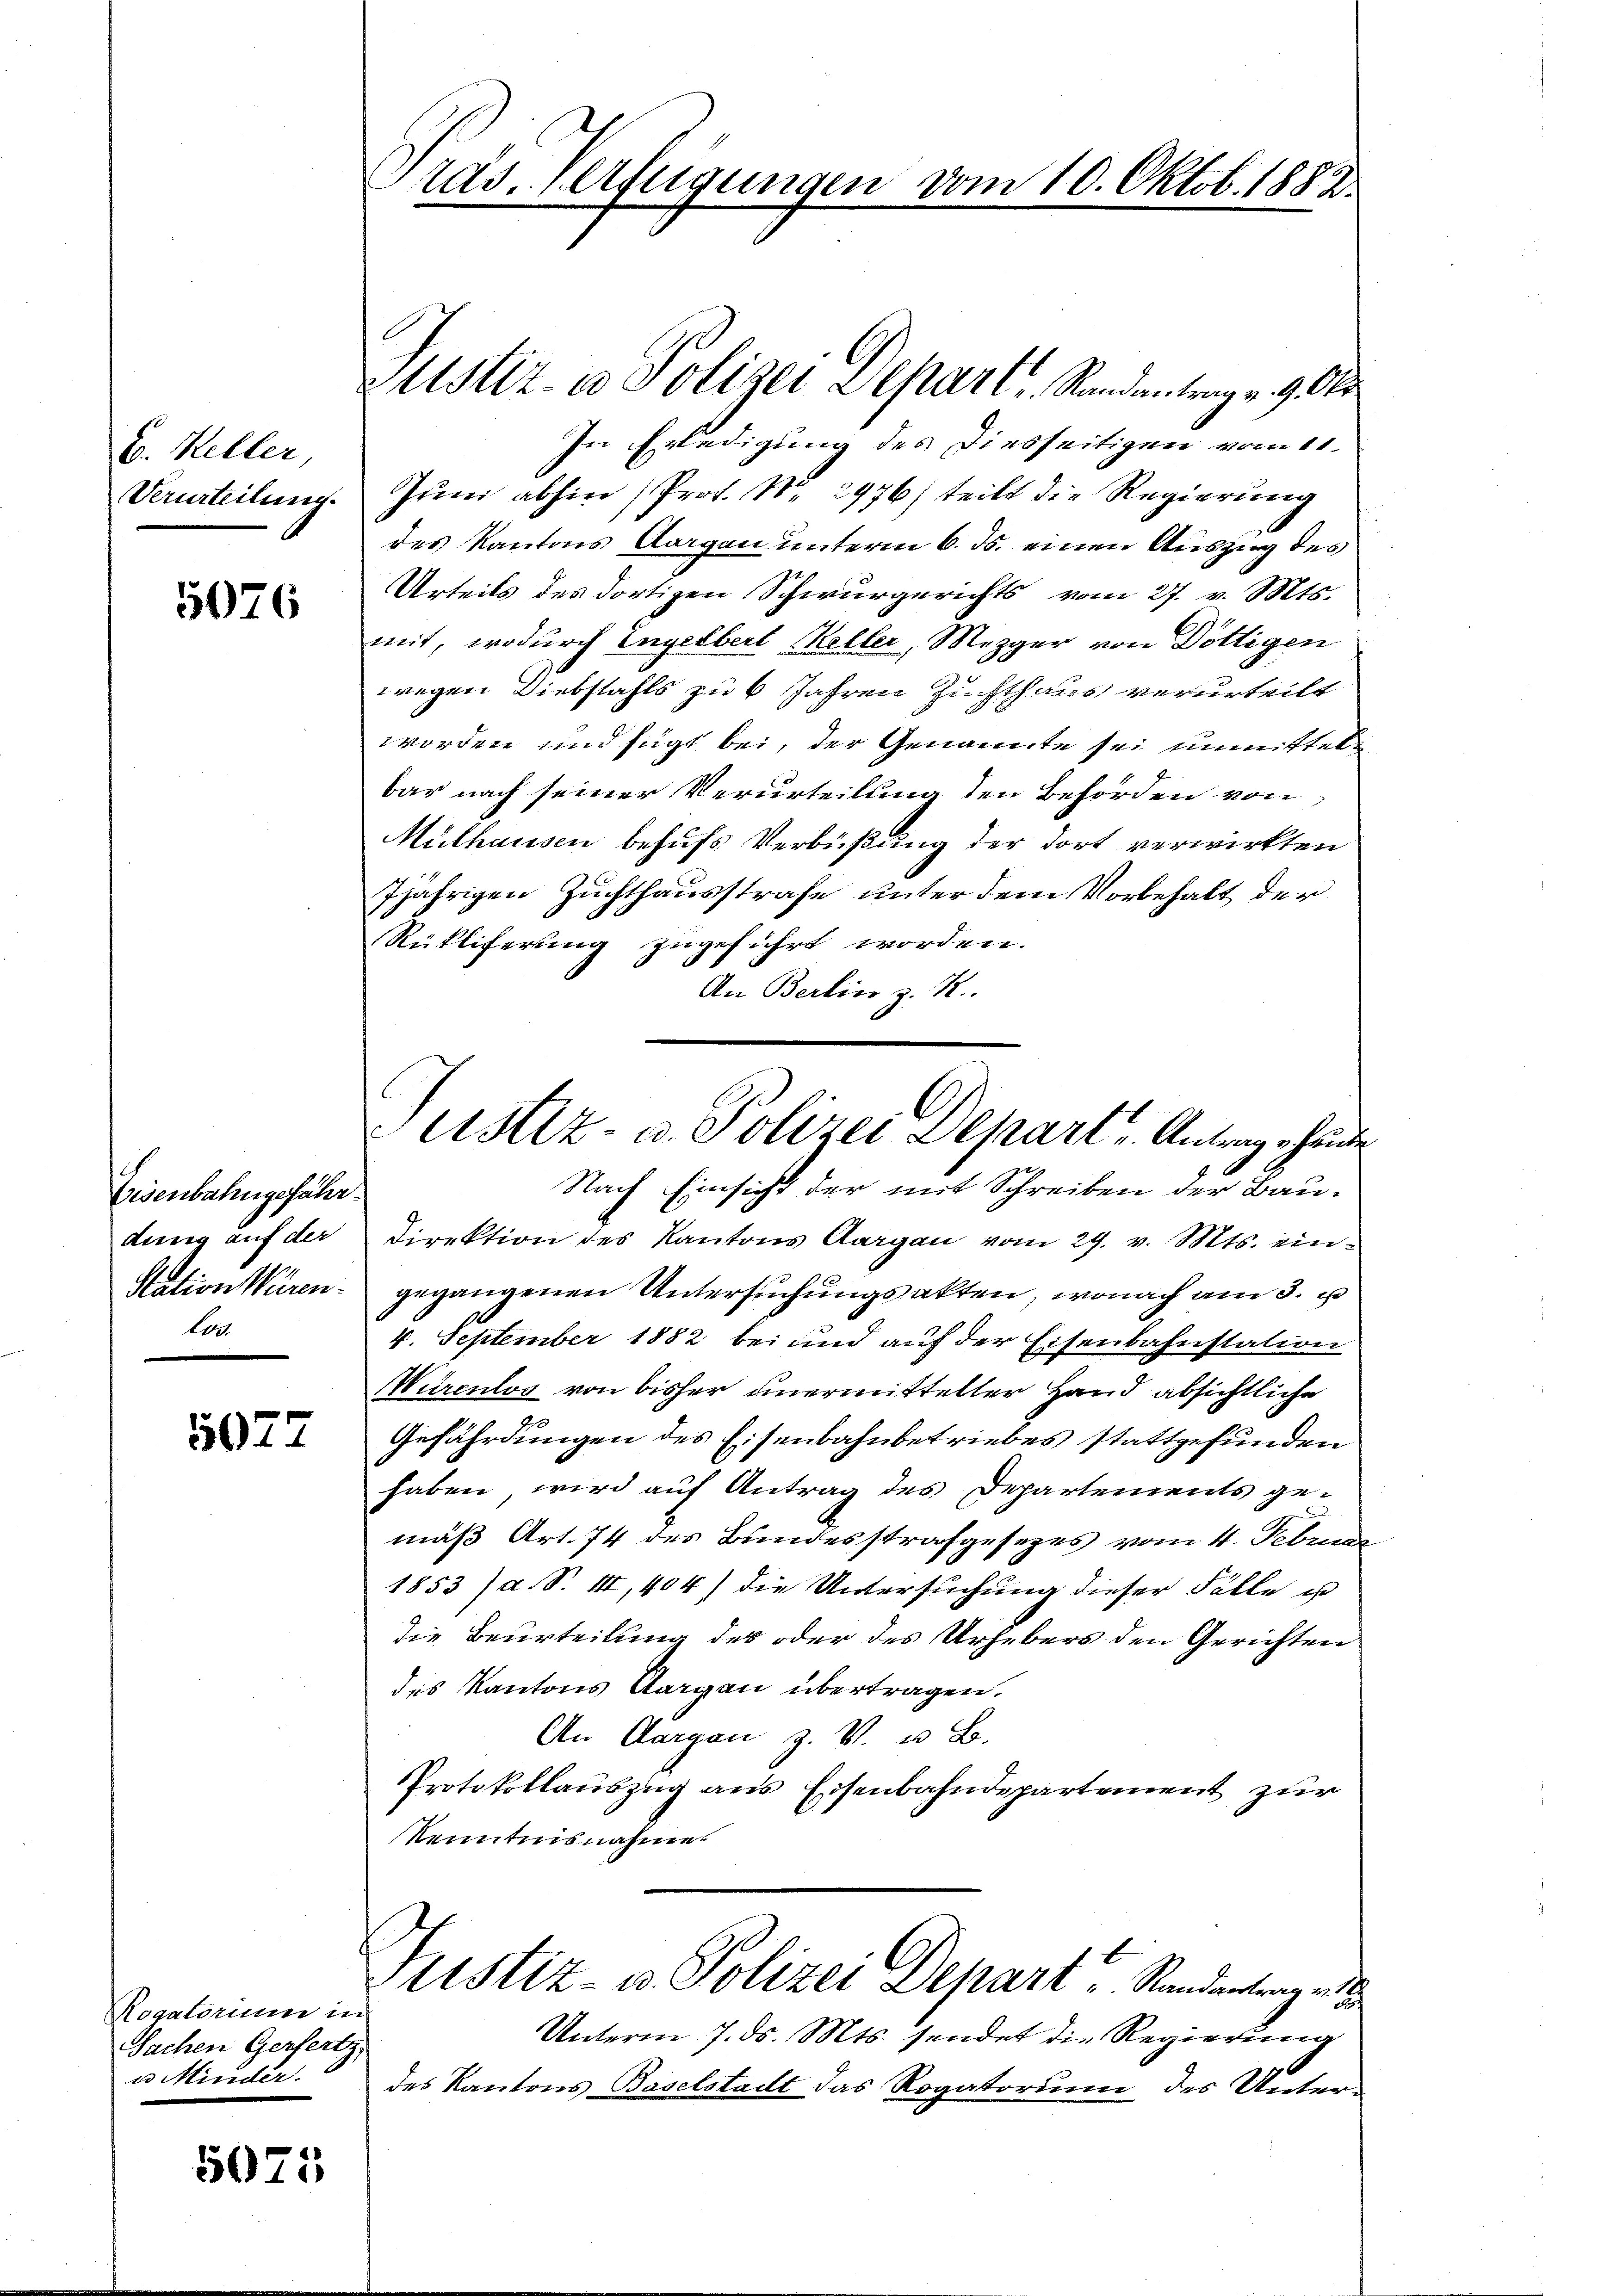
V. Heller,
Verurteilung.

5076

Eisenbahngefähr
dung auf der
Station Würen.
led

5022

Rogatorium in
Sachen Gerfertz,
u Minder.

5075

ras. erfeigungen vom 10. Oktob. 1883

In Erledigung des Diesseitigen vom 11.
Jŭni abhin (Prof. No 2976) teilt die Regierung
des Kantons Aargau unterm 6. ds. einen Auszug des
Urteils des dortigen Schwurgerichts vom 27. v. Mts.
mit, wodurch Engelbert Keller, Mezger von Döttigen
wegen Diebstahls zu 6 Jahren Zuchthaus verurteilt
worden und fügt bei, der Genannte sei unmittelbar nach seiner Verurteilung den Behörden von
Mülhausen behufs Verbüßung der dort verwirkten
7jährigen Zuchthausstrafe unter dem Vorbehalt der
Rükliferung zugeführt worden.
An Berlin z. R.
Direktion des Kantons Aargau vom 29. v. Mts. eingegangenen Untersuchungsakten, wonach am 3. J
4. September 1882 bei und auf der Eisenbahnstation
Würenlos von bisher unermittelter Hand absichtliche
Gefährdungen des Eisenbahnbetriebes stattgefunden
haben, wird auf Antrag des Departements gemäß Art. 74 des Bundesstrafgesetzes vom 4. Februa
1853 /a S. II, 404) die Untersuchung dieser Fälle ihn
die Beurteilung des oder des Urhebers den Gerichten
des Kantons Aargau übertragen.
An Aargau z. V. u B.
Protokollauszug aus Eisenbahndepartement zur
Kenntnisnahme
Justiz- u. Polizei Depart Randantrag an d
Unterm 7. ds. Mts. sendet die Regierung
des Kantons Baselstadt das Rogatorium des Unter¬

Zustiz- & Polizei Depart Randantrag v. 9. Okt

ustiz- u. Polizei Depart u. Antrag ehrende
Nach Einsicht der mit Schreiben der Bau¬